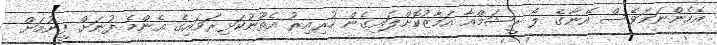
އެހެންނަމަވެސް އޭނާގެ ލޯ ރީޝަމްއާ އަމާޒުކޮށްލައިގެން ހުރިއިރު އެތޫނުކަޅިރަވައިގެ އެންމެ ފުނަށް ފީނުމަށް